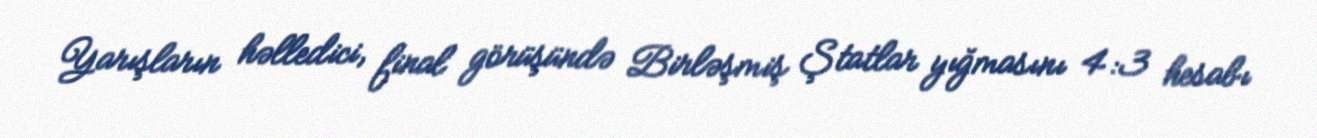
Yarışların həlledici, final görüşündə Birləşmiş Ştatlar yığmasını 4:3 hesabı